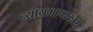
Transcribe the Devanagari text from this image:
न्यायभाष्यकार